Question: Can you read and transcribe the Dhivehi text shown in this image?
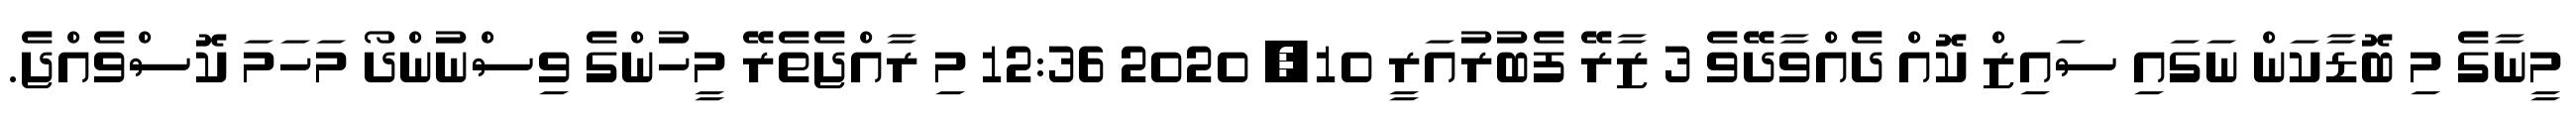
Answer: މީނާގެ މި ބޮޑާކަން ނަގައި ސައިޒް ކޮއް ދެއްވާދޭވެ 3 ޒާރޭ ފެބުރުއަރީ 10, 2020 12:36 މި ރާއްޖެތެރޭ މީހުންގެ ވިސްނުންދޯ މަހަމަ ކޮސްވެއްޖެ.